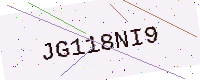
Text: JG118NI9